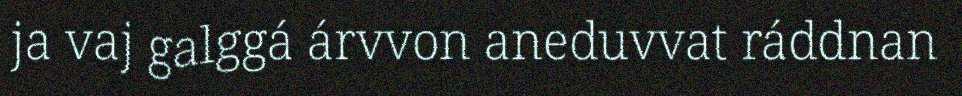
ja vaj galggá árvvon aneduvvat ráddnan